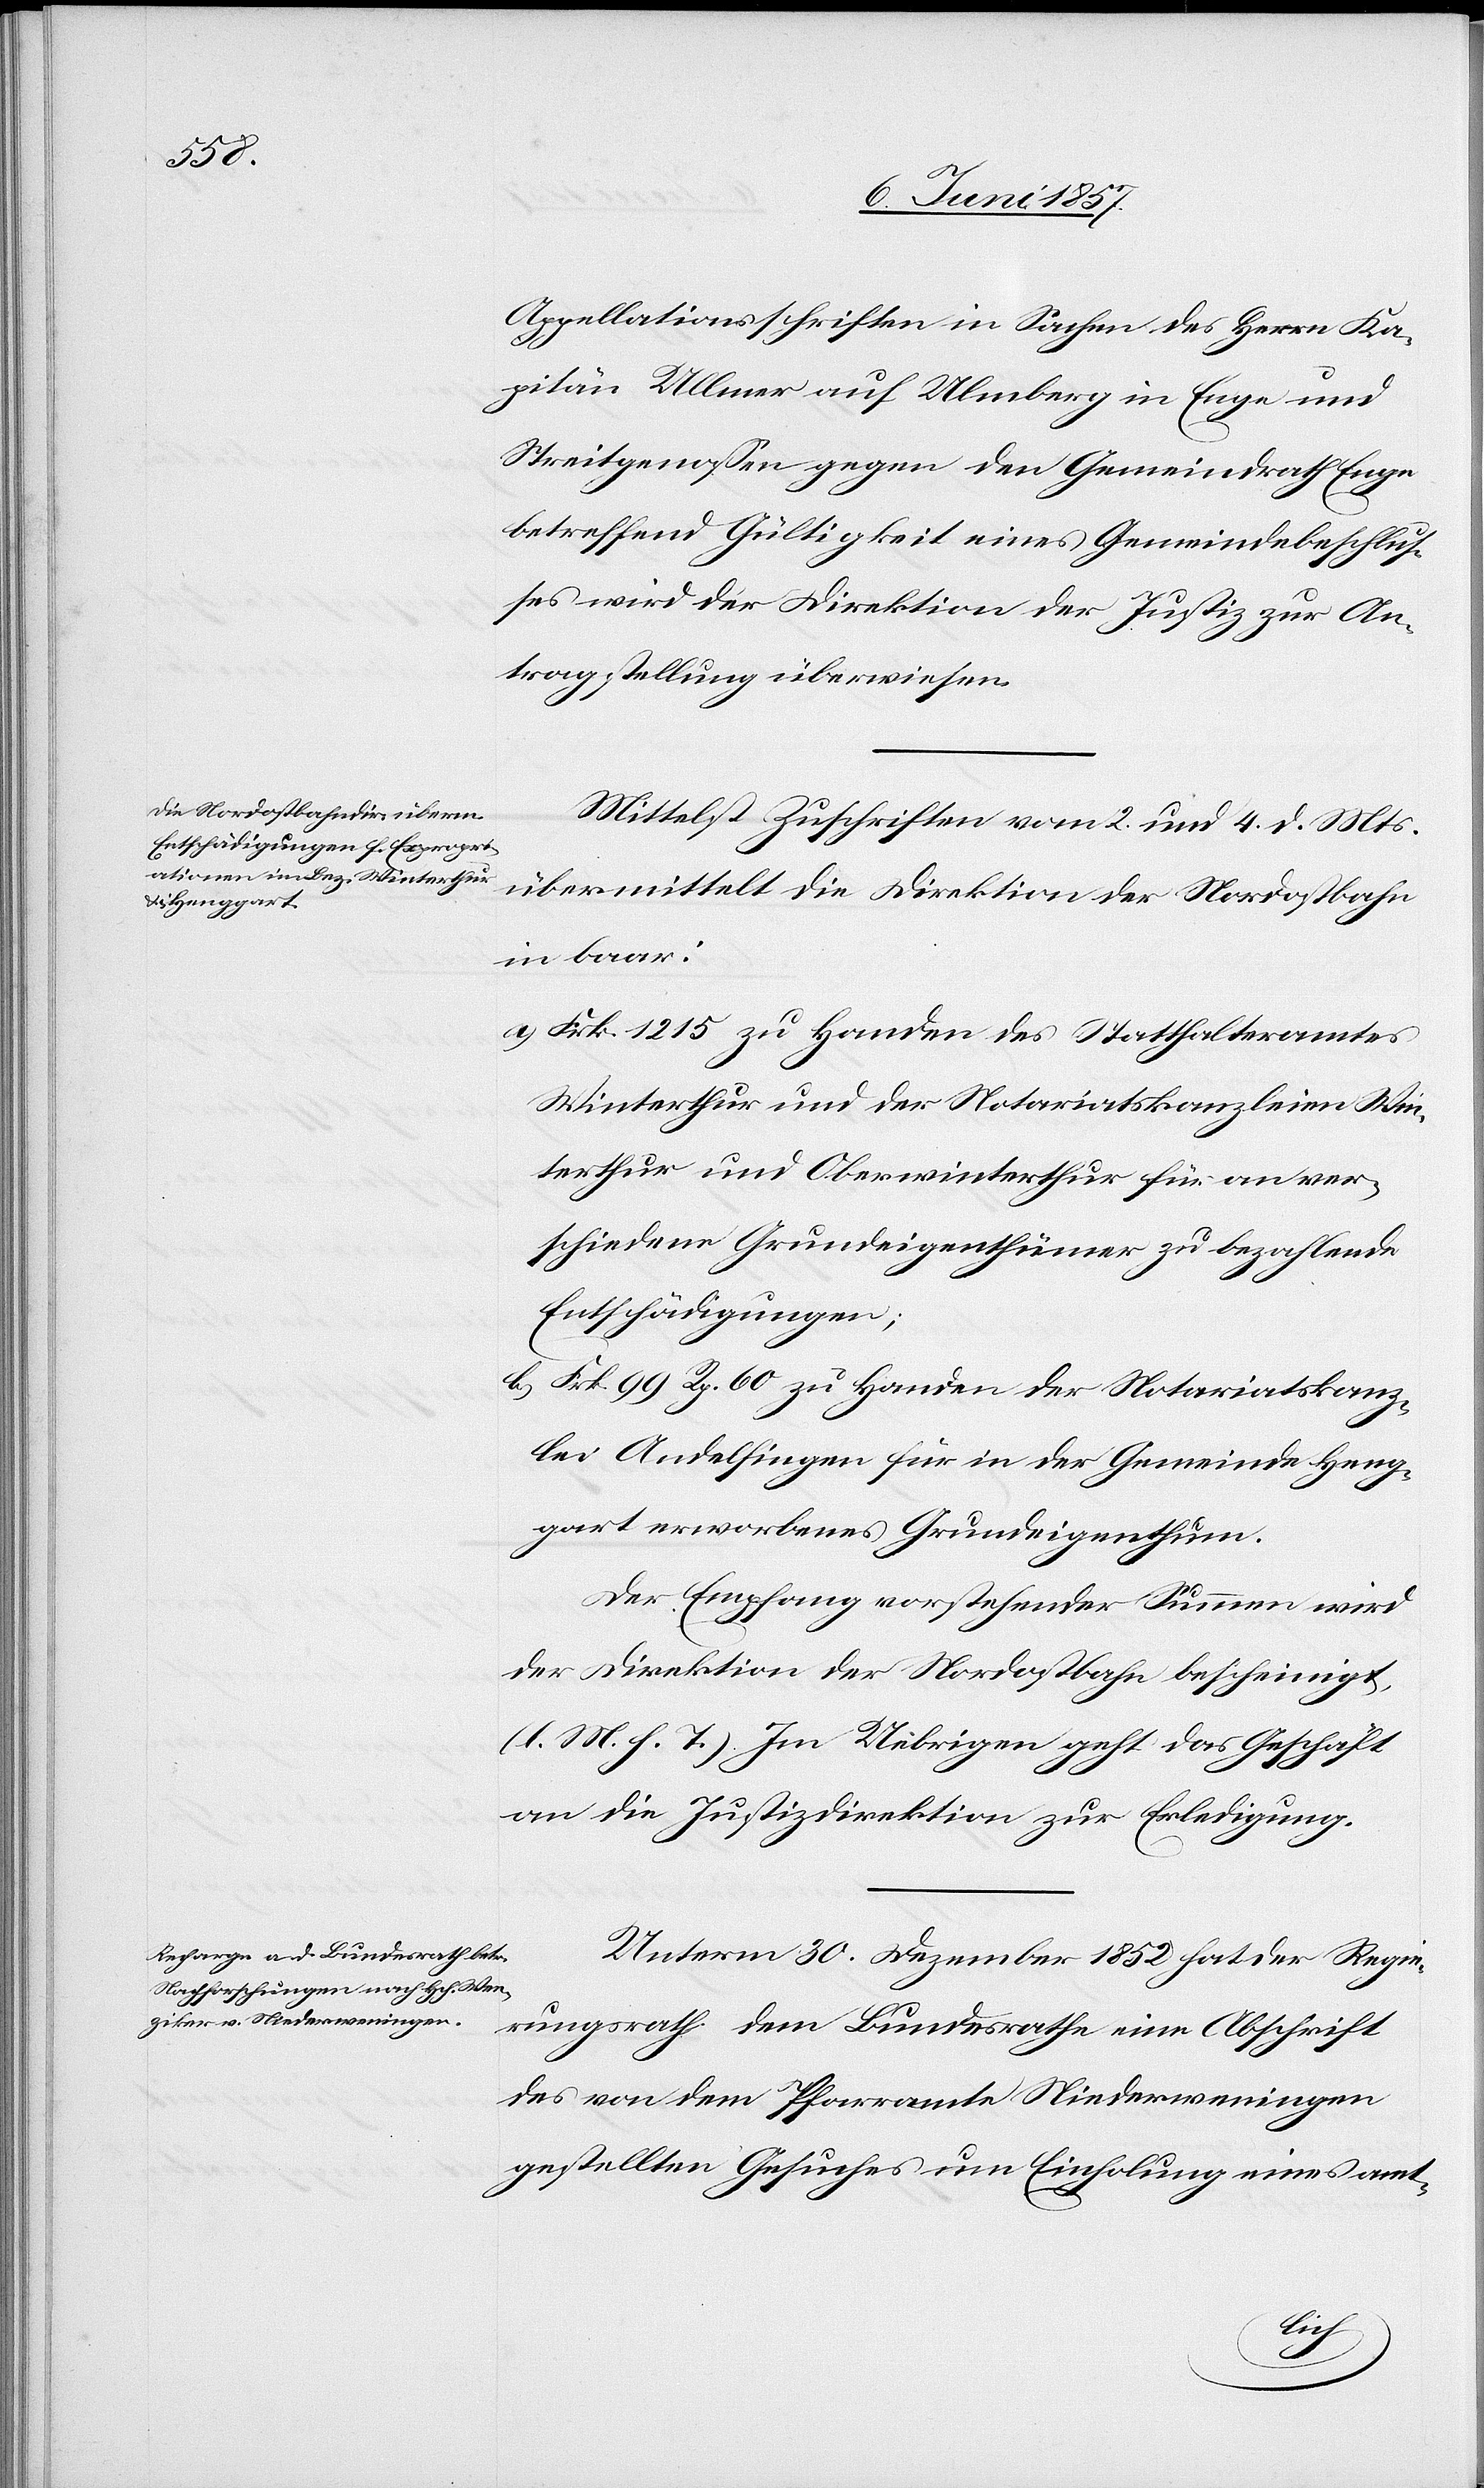
Actum den
6 Juni 1857.]
Appellationsschriften in Sachen des Herrn Ka¬
pitän Ullmer auf Ulmberg in Enge und
Streitgenossen gegen den Gemeindrath Enge
betreffend Gültigkeit eines Gemeindsbeschlus¬
ses wird der Direktion der Justiz zur An¬
tragstellung überwiesen.
Mittelst Zuschriften vom 2 und 4 d. Mts.
übermittelt die Direktion der Nordostbahn
in baar:
a) Frk. 1 215 zu Handen des Statthalteramtes
Winterthur und der Notariatskanzleien Win¬
terthur und Oberwinterthur für an ver¬
schiedene Grundeigenthümer zu bezahlende
Entschädigungen;
b) Frk. 99 Rp. 60 zu Handen der Notariatskanz¬
lei Andelfingen für in der Gemeinde Heng¬
gart erworbenes Grundeigenthum.
Der Empfang vorstehender Summen wird
der Direktion der Nordostbahn bescheinigt,
[l. M. h. T]. Im Uebrigen geht das Geschäft
an die Justizdirektion zur Erledigung.
Unterm 30 Dezember 1852 hat der Regie¬
rungsrath dem Bundesrathe eine Abschrift
des von dem Pfarramte Niederweningen
gestellten Gesuches um Einholung eines amt-